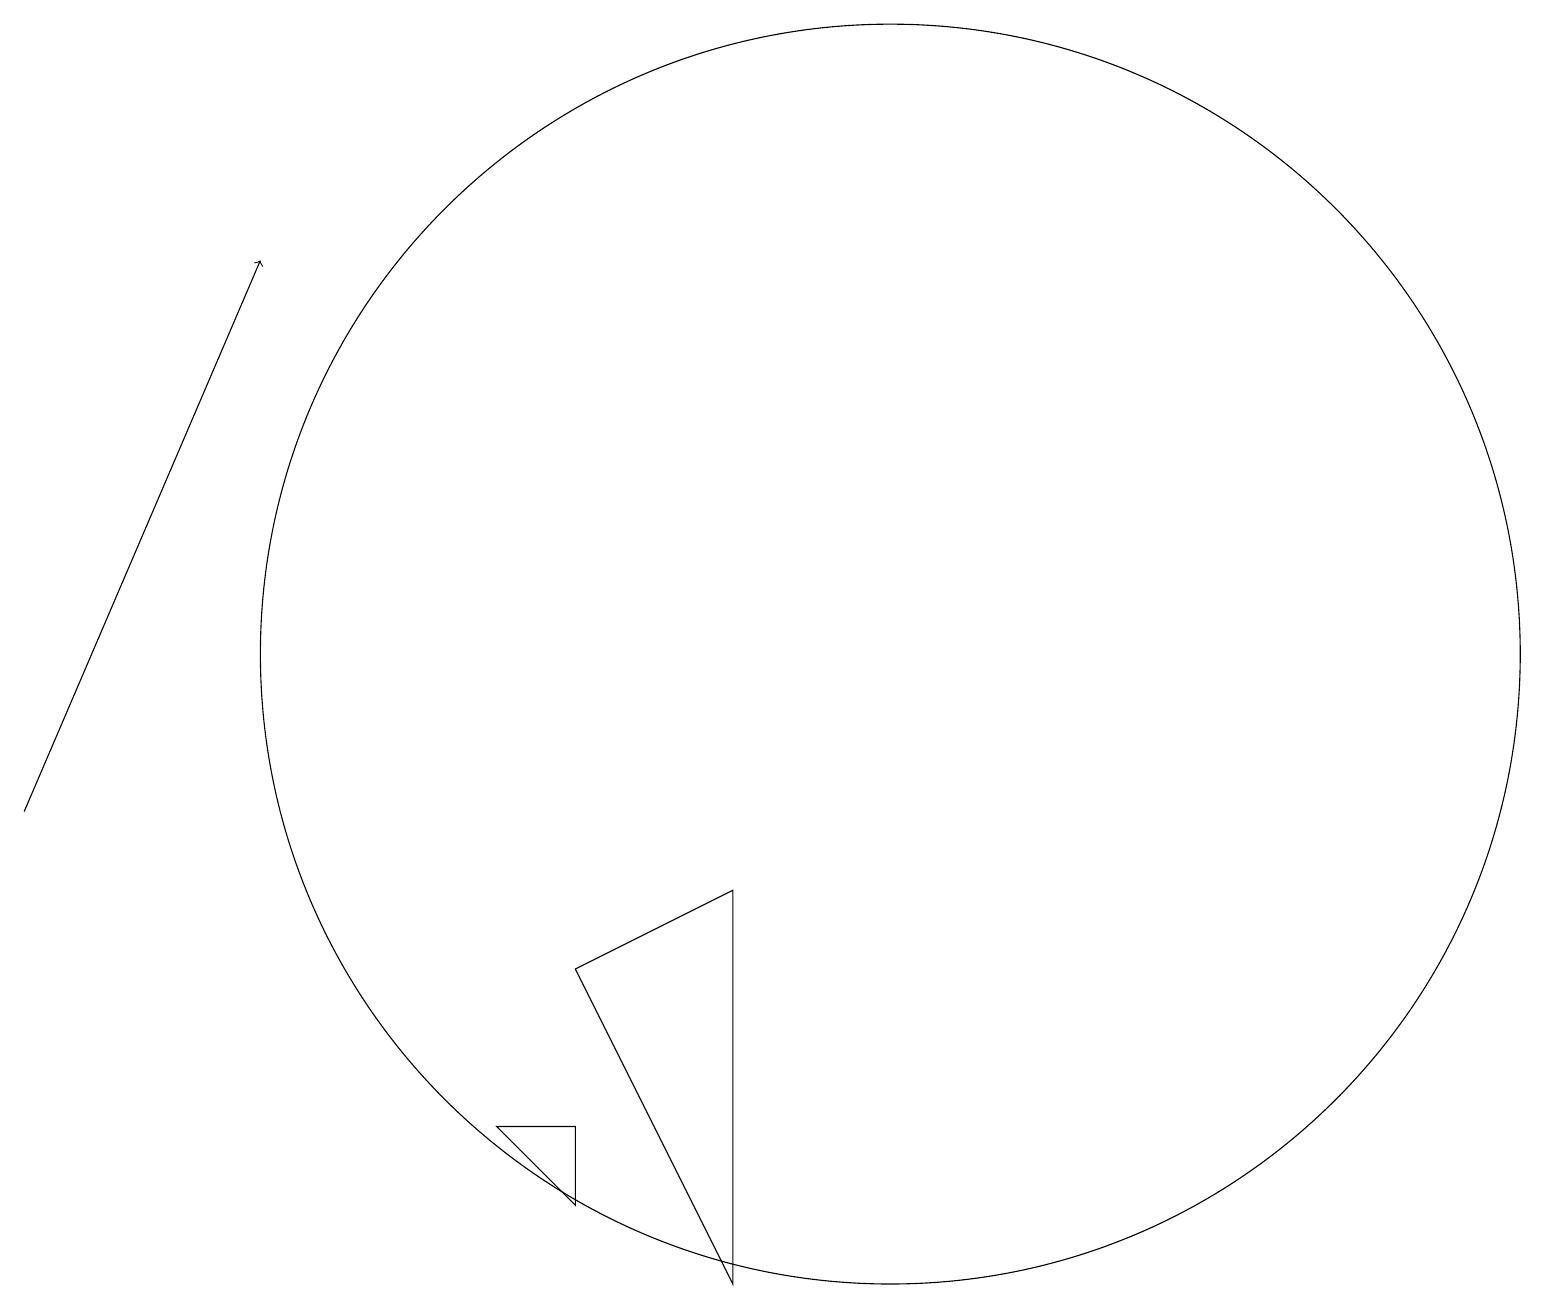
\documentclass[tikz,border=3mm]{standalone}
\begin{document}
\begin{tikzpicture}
\draw (7,6) -- (7,5) -- (6,6) -- cycle;
\draw (7,8) -- (9,9) -- (9,4) -- cycle;
\draw[->] (0,10) -- (3,17);
\draw (11,12) circle (8);
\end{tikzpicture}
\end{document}